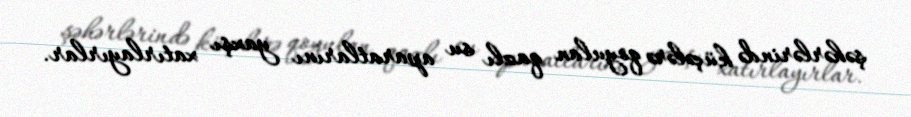
şəhərlərində küçələrə qoyulan qazlı su aparatlarını yaxşı xatırlayırlar.